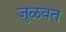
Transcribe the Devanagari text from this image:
जुळवत